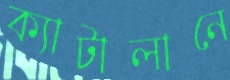
ক্যাটালানে